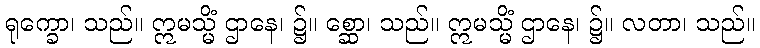
ရုက္ခော၊ သည်။ ဣမသ္မိံ ဌာနေ၊ ၌။ စ္ဆော၊ သည်။ ဣမသ္မိံ ဌာနေ၊ ၌။ လတာ၊ သည်။